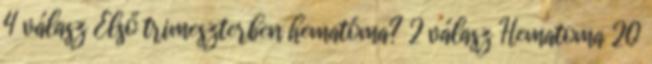
4 válasz Első trimeszterben hematóma? 2 válasz Hematoma 20